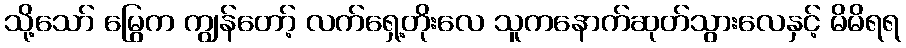
သို့သော် မြွေက ကျွန်တော့် လက်ရှေ့တိုးလေ သူကနောက်ဆုတ်သွားလေနှင့် မိမိရရ